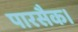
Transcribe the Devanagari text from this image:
पारसैक।